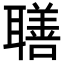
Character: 𦗢